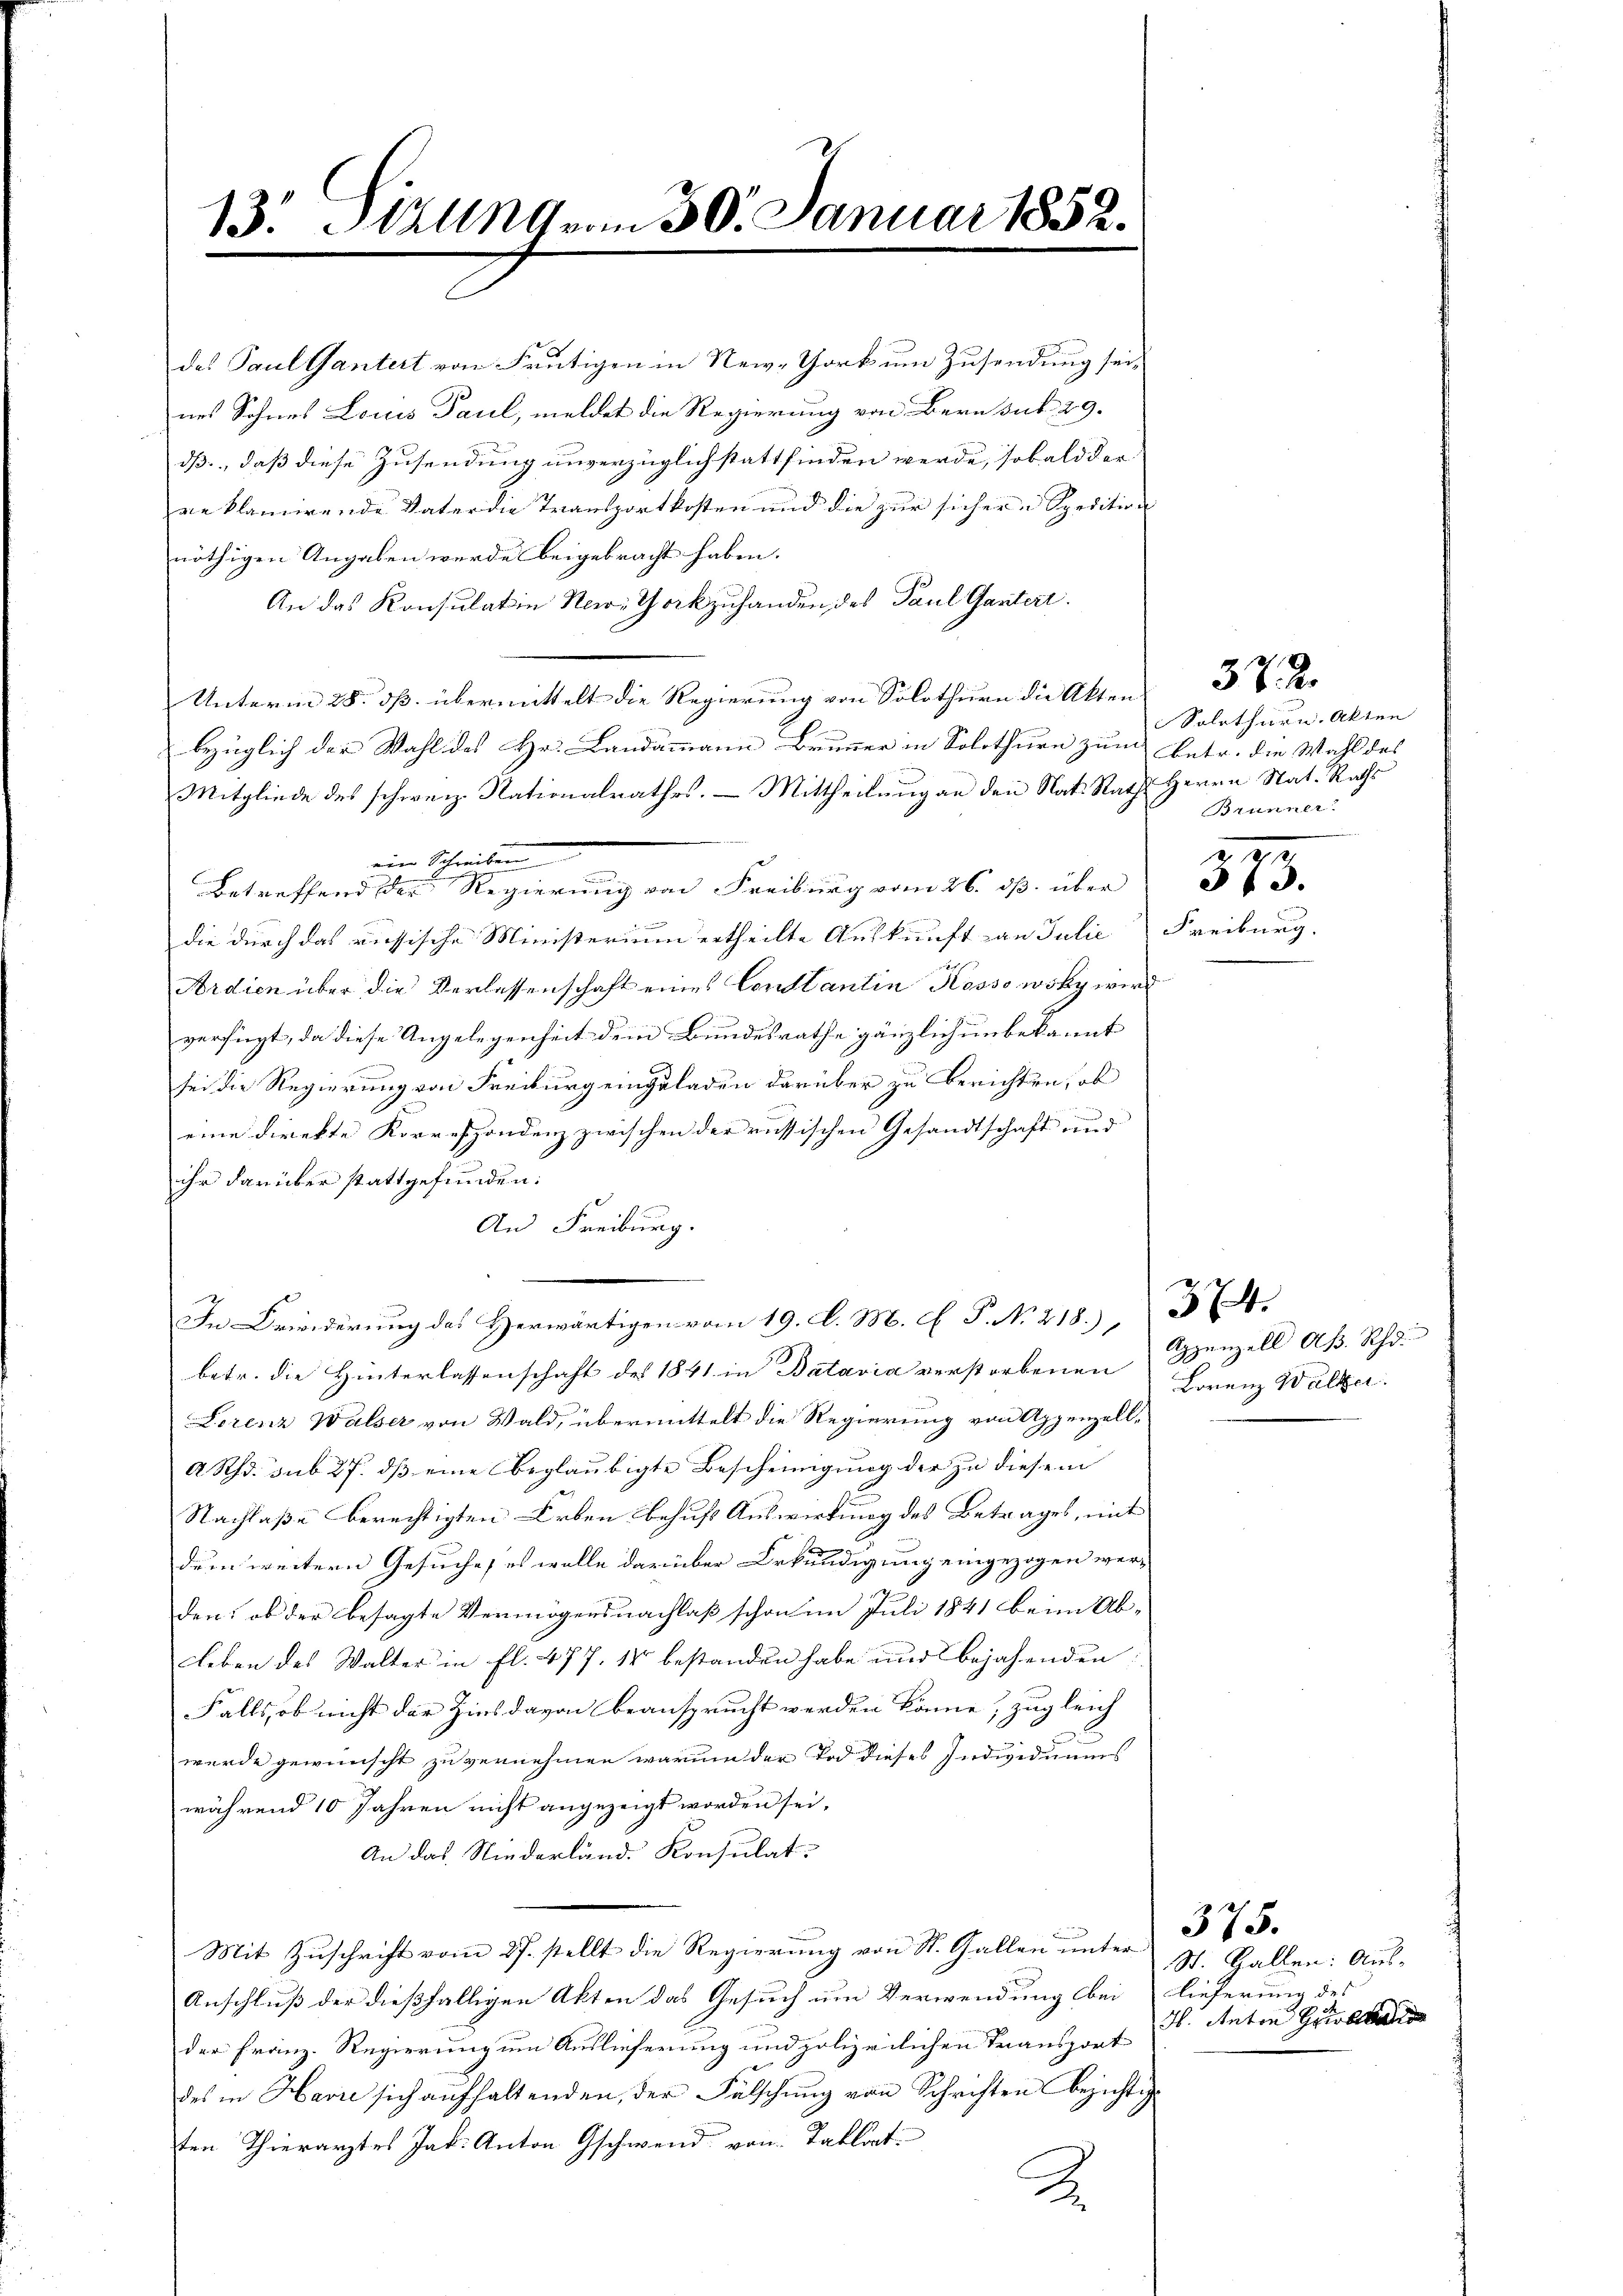
13. AUG vom 30. Januar 1852.

des Paul Gantert von heutigen in New-York um Zusendung sei,
nes Sohnes Louis Paul, meldet die Regierung von Bern sub 29.
dß, daß diese Zusendung unverzüglich stattfinden werde, sobald der
reklamirende Vater die Transportkosten und die zur sicher u Spedition
nöthigen Angaben werde beigebracht haben.
An das Konsulatin New-Gockzuhanden des Paul Gantert.
Unterm 28. ds. übermittelt die Regierung von Solothurn die A
bezüglich der Wahl des Hr. Landammann Brunner in Solothurn zum Betr. die Wahl des
Mitgliede des schweiz. Nationalrathes. — Mittheilung an den Nat. Rath Herrn Nat. Raths
ein Schreiben
Betreffend der Regierung von Freiburg vom 26. ds. über
die durch das russische Ministerium ertheilte Auskunft an Julie Freiburg.
Ardien über die Verlassenschaft eines Constantin Kossowsky wird
verfügt, da diese Angelegenheit dem Bundesrathe gänzlich unbekannt
sei die Regierung von Freiburg einzuladen darüber zu berichten, ob
eine direkte Korrespondenz zwischen der russischen Gesandtschaft und
ihr darüber stattgefunden:
An Freiburg.
In Friederung des Herwärtigen vom 19. d. M. C. P. No 218.)
betr. die Hinterlassenschaft des 1841 in Batavia verstorbenen
Lorenz Walser von Wald, übermittelt die Regierung von Appenzell-
A Rhd. sub 27. dβ eine beglaubigte Bescheinigung der zu diesem
Nachlaße berechtigten Erben behufs Auswirkung des Betrages, mit
dum weitern Gesuche, es wolle darüber Erkundigung eingezogen wer-
den: ob der besagte Vermögensnachlaß schon im Juli 1841 beim Ablleben des Walter in fl. 477. 18 bestanden habe und bejahenden
Falls, ob nicht der Zins davon beansprucht werden könne, zugleich
wurde gewünscht zu vernehmen warum der Tod dieses Individuums
während 10 Jahren nicht angezeigt worden sei,
An das Niederland. Konsulat
Mit Zuschrift vom 27. stellt die Regierung von St. Gallen unter
Anschluß der dießfälligen Akten das Gesuch um Verwendung bei Lieferung des
der Franz-Regierung um Auslieferung und polizeilichen Transport
des in Havre sich aufhaltenden, der Fälschung von Schriften bezichtig
ten Thierarztes Jak. Anton Gschwend von Tablat
2.

Solothurn. Akten
Brunner
2

Appenzell A. Rho
Lorenz Walter.

374.

St. Gallen: Aus-
H. Anton Gru

375.